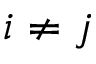
i \neq j